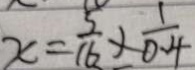
x = \frac { 5 } { 1 6 } \times \frac { 1 } { 0 . 4 }